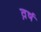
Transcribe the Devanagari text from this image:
व़र्ष